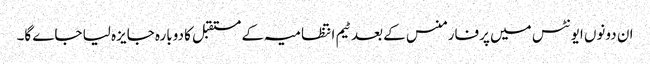
ان دونوں ایونٹس میں پرفارمنس کے بعد ٹیم انتظامیہ کے مستقبل کا دوبارہ جایزہ لیا جاے گا۔